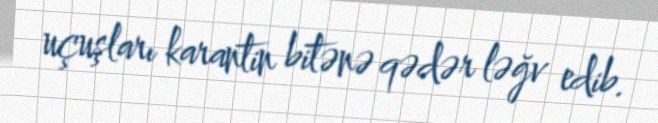
uçuşları karantin bitənə qədər ləğv edib.